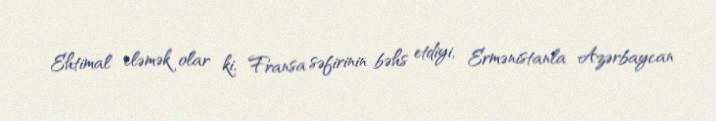
Ehtimal eləmək olar ki, Fransa səfirinin bəhs etdiyi, Ermənistanla Azərbaycan